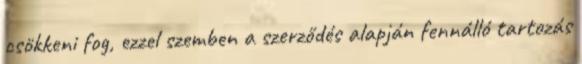
csökkeni fog, ezzel szemben a szerződés alapján fennálló tartozás